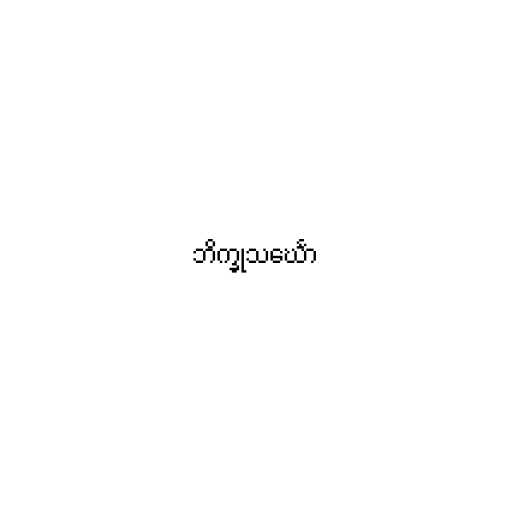
ဘိက္ခုသင်္ဃော